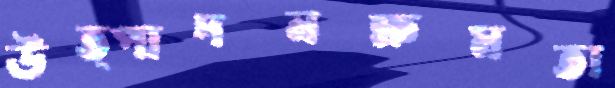
উত্পাদনক্ষমতা